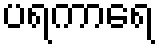
ပရကာရေ